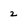
Character: 2